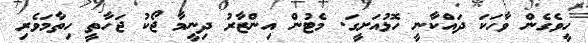
ހީވެގެން ވާހަކަ ދައްކާނީ ހޮޅުއަށީގަ. މެޓުން އިންޒާރު ދިނީމާ ޖޯކު ޖަހާތީ ހިތާމަވެރި